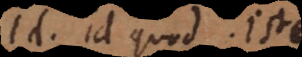
Id. Id quod. Iste.